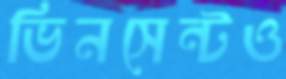
ভিনসেন্টও